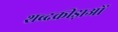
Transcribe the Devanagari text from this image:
शब्दक्रीड़ाओं